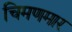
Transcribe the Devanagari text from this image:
चिमणमार